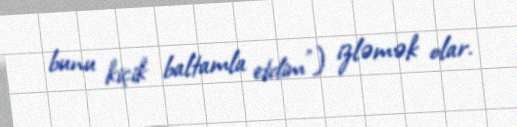
bunu kiçik baltamla etdim") izləmək olar.